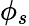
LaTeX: \phi_{s}